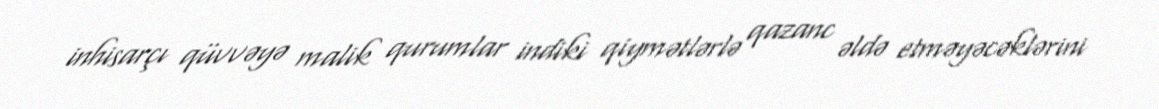
inhisarçı qüvvəyə malik qurumlar indiki qiymətlərlə qazanc əldə etməyəcəklərini